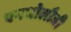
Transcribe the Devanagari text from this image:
एनथोलौजी